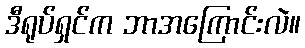
ဒီရုပ်ရှင်က ဘာအကြောင်းလဲ။